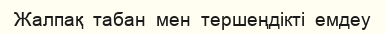
Жалпақ  табан  мен  тершеңдікті  емдеу